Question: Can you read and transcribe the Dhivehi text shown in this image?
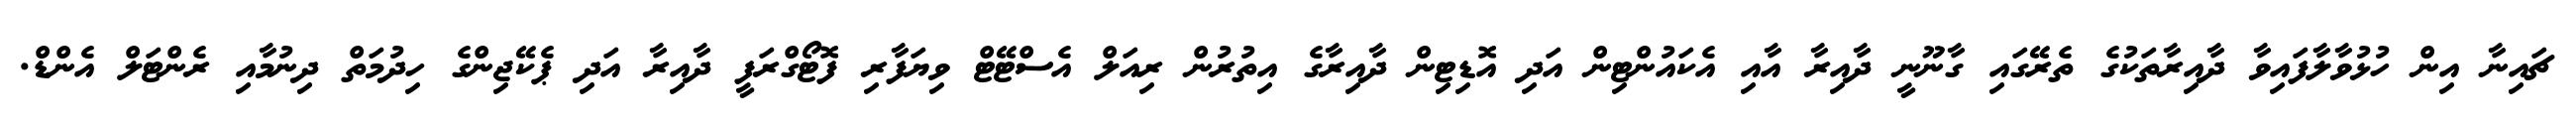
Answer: ޗައިނާ އިން ހުޅުވާލާފައިވާ ދާއިރާތަކުގެ ތެރޭގައި ގާނޫނީ ދާއިރާ އާއި އެކައުންޓިން އަދި އޮޑިޓިން ދާއިރާގެ އިތުރުން ރިއަލް އެސްޓޭޓް ވިޔަފާރި ފޮޓޯގްރަފީ ދާއިރާ އަދި ޕެކޭޖިންގެ ހިދުމަތް ދިނުމާއި ރެންޓަލް އެންޑް.